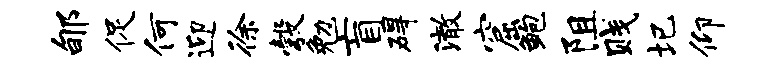
郇促何迎徐彀勉盲碍澈窟鲍阻贱圮仰